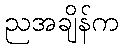
ညအချိန်က